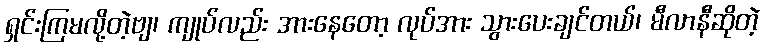
ရှင်းကြမလို့တဲ့ဗျ၊ ကျုပ်လည်း အားနေတော့ လုပ်အား သွားပေးချင်တယ်၊ မီလာနီဆိုတဲ့